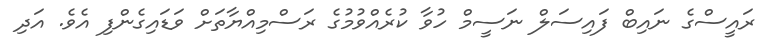
ރައީސްގެ ނައިބް ފައިސަލް ނަސީމް ހުވާ ކުރެއްވުމުގެ ރަސްމިއްޔާތަށް ވަޑައިގެންފި އެވެ. އަދި